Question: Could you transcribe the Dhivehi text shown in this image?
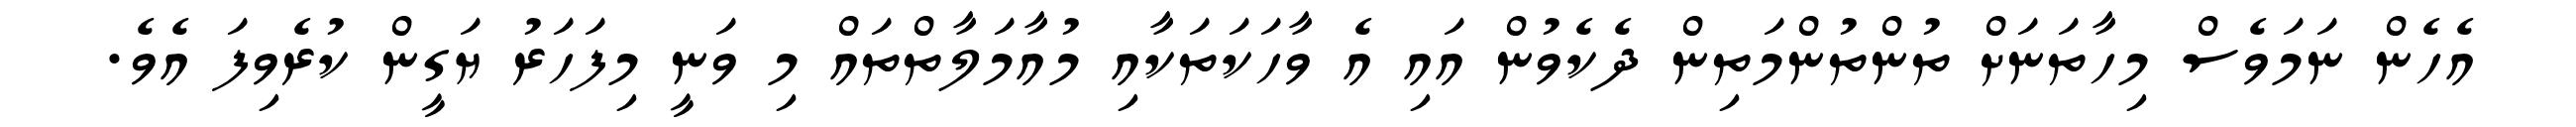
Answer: އެހެން ނަމަވެސް މިހާތަނަށް ތުންތުންމަތިން ދެކެވުން އައި އެ ވާހަކަތަކާއި މުއާމަލާތްތައް މި ވަނީ މިފަހަރު ޔަގީން ކުރެވިފަ އެވެ.